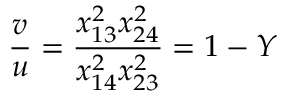
\frac { v } { u } = \frac { x _ { 1 3 } ^ { 2 } x _ { 2 4 } ^ { 2 } } { x _ { 1 4 } ^ { 2 } x _ { 2 3 } ^ { 2 } } = 1 - Y